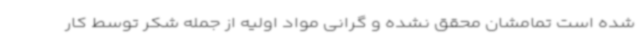
شده است تمامشان محقق نشده و گرانی مواد اولیه از جمله شکر توسط کار